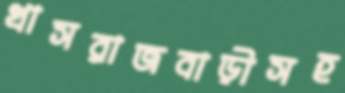
খাসরাজবাড়ীসহ